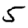
Digit: 5